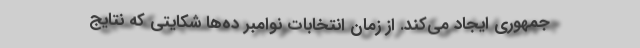
جمهوری ایجاد می‌کند. از زمان انتخابات نوامبر ده‌ها شکایتی که نتایج